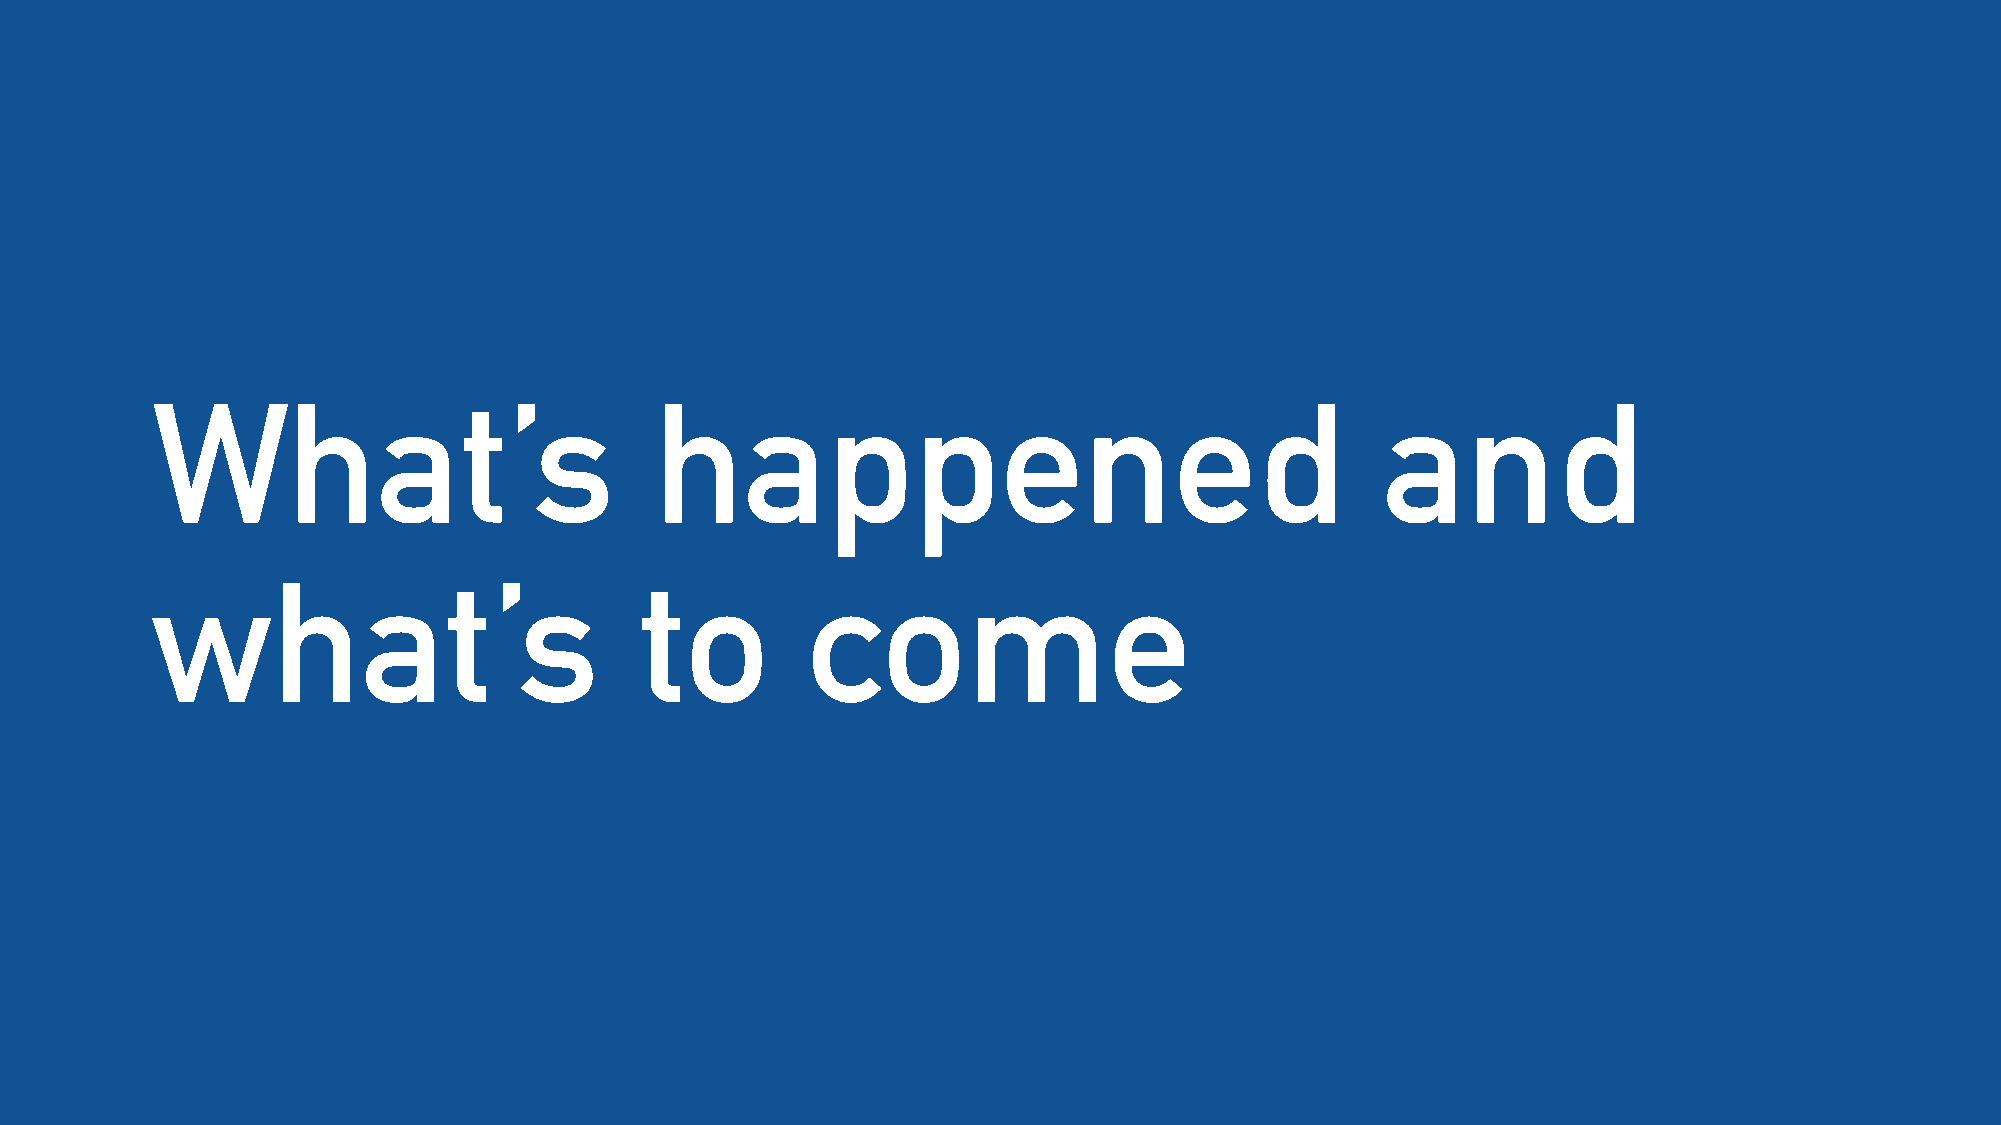
What’s                           happened                                         and
 what’s                          to         come